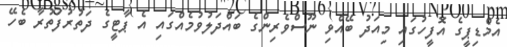
އެމްޑިޕީގެ އޮފީހުގައި މިއަދު ބޭއްވި ނޫސްވެރިންގެ ބައްދަލުވުމެއްގައި އެ ޕާޓީގެ ދަތުރުފަތުރާ ބެހޭ